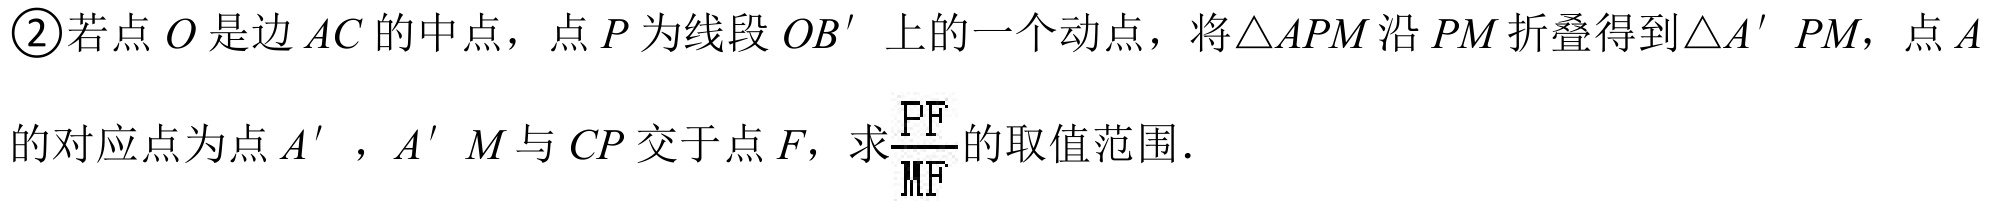
\textcircled{2}若点 \(O\) 是边 \(AC\) 的中点，点 \(P\) 为线段 \(OB'\) 上的一个动点，将\(\triangle APM\) 沿 \(PM\) 折叠得到\(\triangle A' PM\)，点 \(A\)
的对应点为点 \(A'\)，\(A'M\) 与 \(CP\) 交于点 \(F\)，求\(\frac{PF}{MF}\)的取值范围．